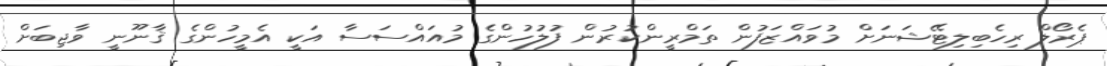
ޕެރޯލް ރިހެބިލިޓޭޝަނަށް މުވައްޒަފުން ތަމްރީންކުރުން ފުލުހުންގެ މުއައްސަސާ އަކީ އެމީހުންގެ ޤާނޫނީ ވާޖިބަށް